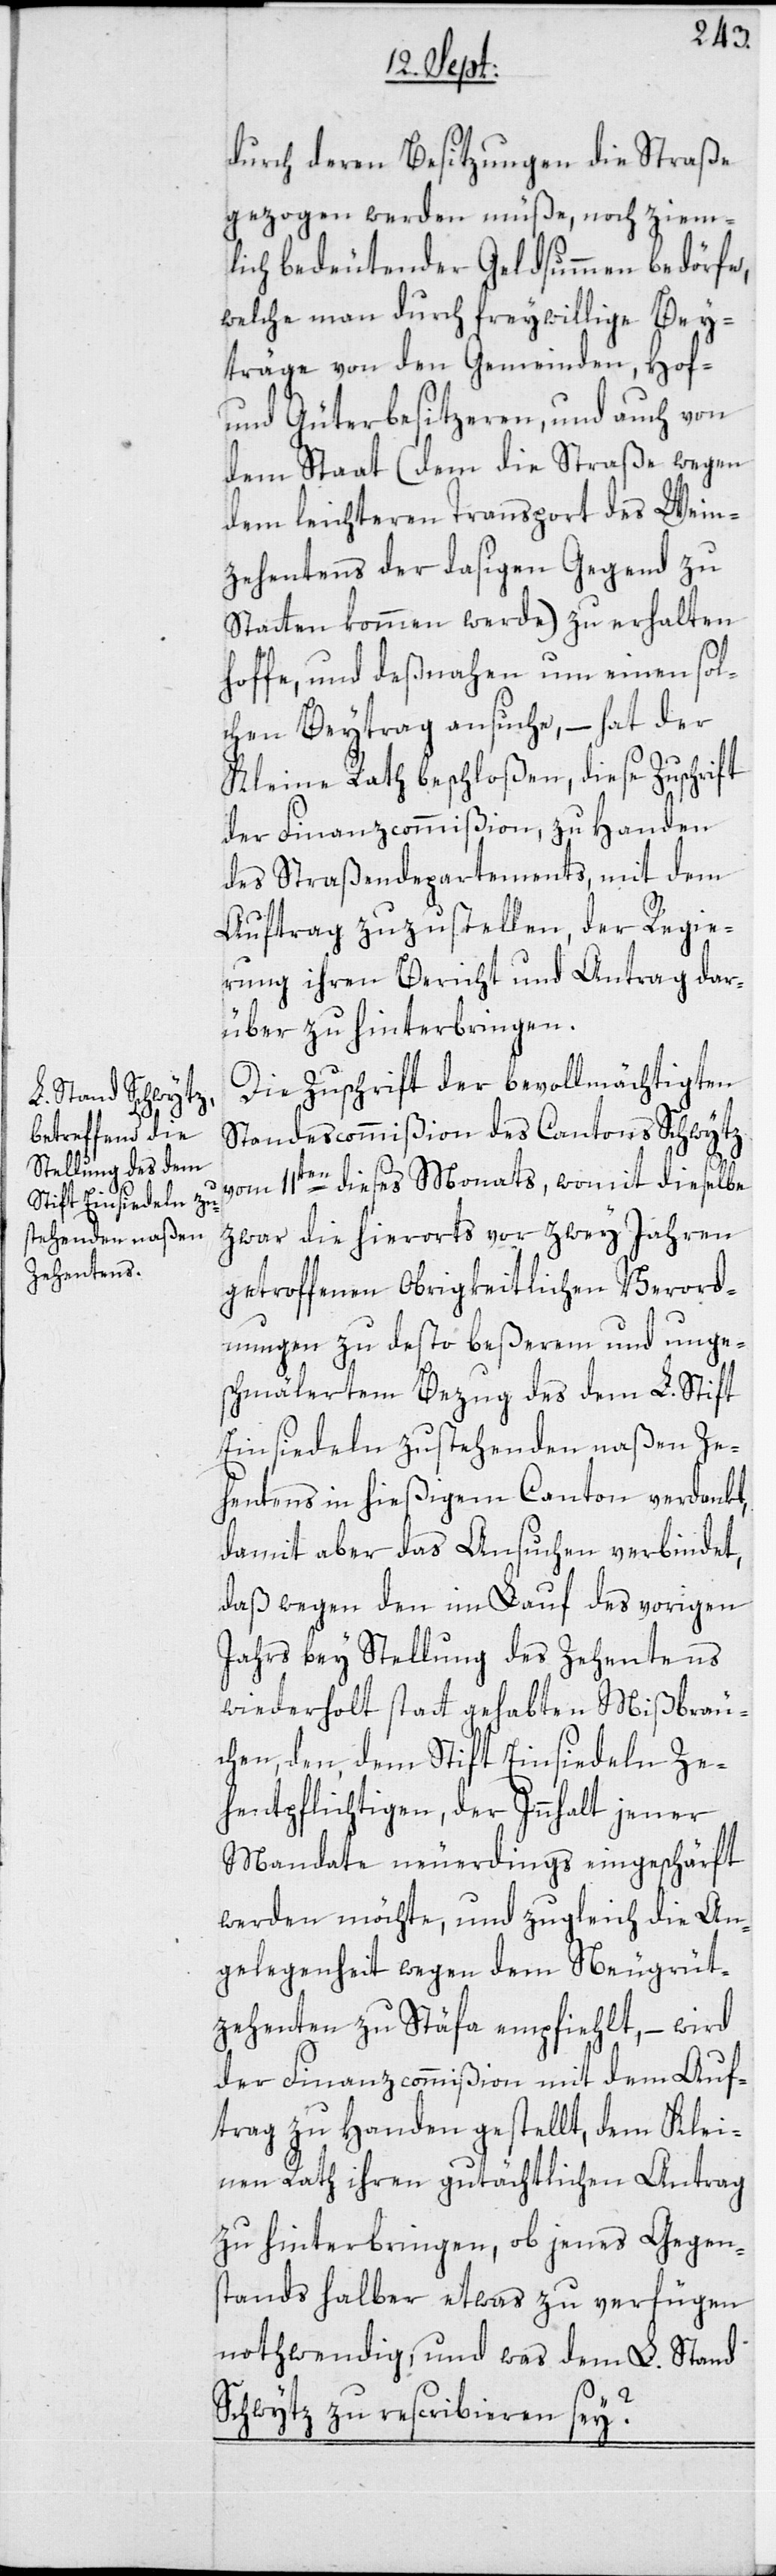
durch deren Besitzungen die Straße
gezogen werden müße, noch ziem¬
lich bedeutender Geldsummen bedörfe,
welche man durch freywillige Bey¬
träge von den Gemeinden, Hof-
und Güterbesitzeren, und auch von
dem Staat (dem die Straße wegen
dem leichteren Transport des Wein¬
zehentens der dasigen Gegend zu
Statten kommen werde) zu erhalten
hoffe, und deßnahen um einen sol¬
chen Beytrag ansuche, – hat der
Kleine Rath beschloßen, diese Zuschrift
der Finanzcommißion, zu Handen
des Straßendepartements, mit dem
Auftrag zuzustellen, der Regie¬
rung ihren Bericht und Antrag dar¬
über zu hinterbringen.
Die Zuschrift der bevollmächtigten
Standescommißion des Cantons Schwytz
vom 11ten dieses Monats, womit dieselbe
zwar die hierorts vor zwey Jahren
getroffenen Obrigkeitlichen Verord¬
nungen zu desto beßerem und unge¬
schmälertem Bezug des dem L. Stift
Einsiedeln zustehenden naßen Ze¬
hentens in hießigem Canton verdankt,
damit aber das Ansuchen verbindet,
daß wegen den im Lauf des vorigen
Jahrs bey Stellung des Zehentens
wiederholt statt gehabten Mißbräu¬
chen, den, dem Stift Einsiedeln Ze¬
hentpflichtigen, der Innhalt jener
Mandate neuerdings eingeschärft
werden möchte, und zugleich die An¬
gelegenheit wegen dem Neugrüt¬
zehenten zu Stäfa empfiehlt, – wird
der Finanzcommißion mit dem Auf¬
trag zu Handen gestellt, dem Klei¬
nen Rath ihren gutächtlichen Antrag
zu hinterbringen, ob jenes Gegen¬
stands halber etwas zu verfügen
nothwendig, und was dem L. Stand
Schwytz zu rescribieren sey?